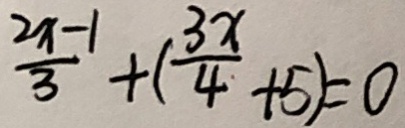
\frac { 2 x - 1 } { 3 } + ( \frac { 3 x } { 4 } + 5 ) = 0